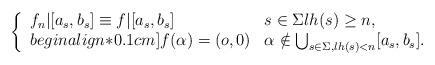
LaTeX: \begin{align*}\left\{\begin{array}{ll}f_n|[a_s,b_s] \equiv f|[a_s,b_s] & s\in \Sigma lh(s)\ge n, \\begin{align*}0.1cm]f(\alpha)= (o,0) &\alpha \notin \bigcup _{s\in \Sigma , lh(s)< n} [a_s,b_s]. \end{array}\right.\end{align*}